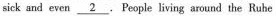
sick and even \underline{2} . People living around the Ruhe